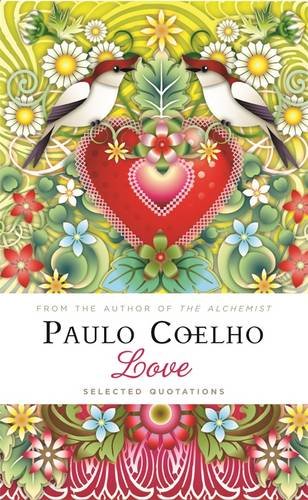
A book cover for Love: Selected Quotations; Paulo Coelho; Reference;